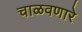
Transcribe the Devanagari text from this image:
चाळवणारे